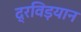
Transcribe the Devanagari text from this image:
द्रविड़यान